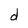
Character: d